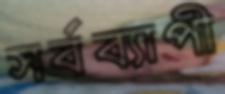
সর্বব্যাপী